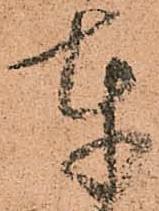
奉